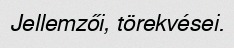
Jellemzői, törekvései.